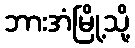
ဘားအံမြို့သို့